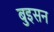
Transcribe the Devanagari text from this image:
बुइसन